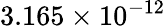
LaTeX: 3.165\times 10^{-12}